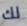
لك